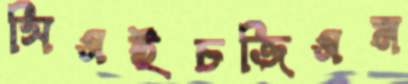
সিএইচজিএম